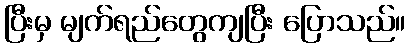
ပြီးမှ မျက်ရည်တွေကျပြီး ပြောသည်။